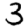
Digit: 3